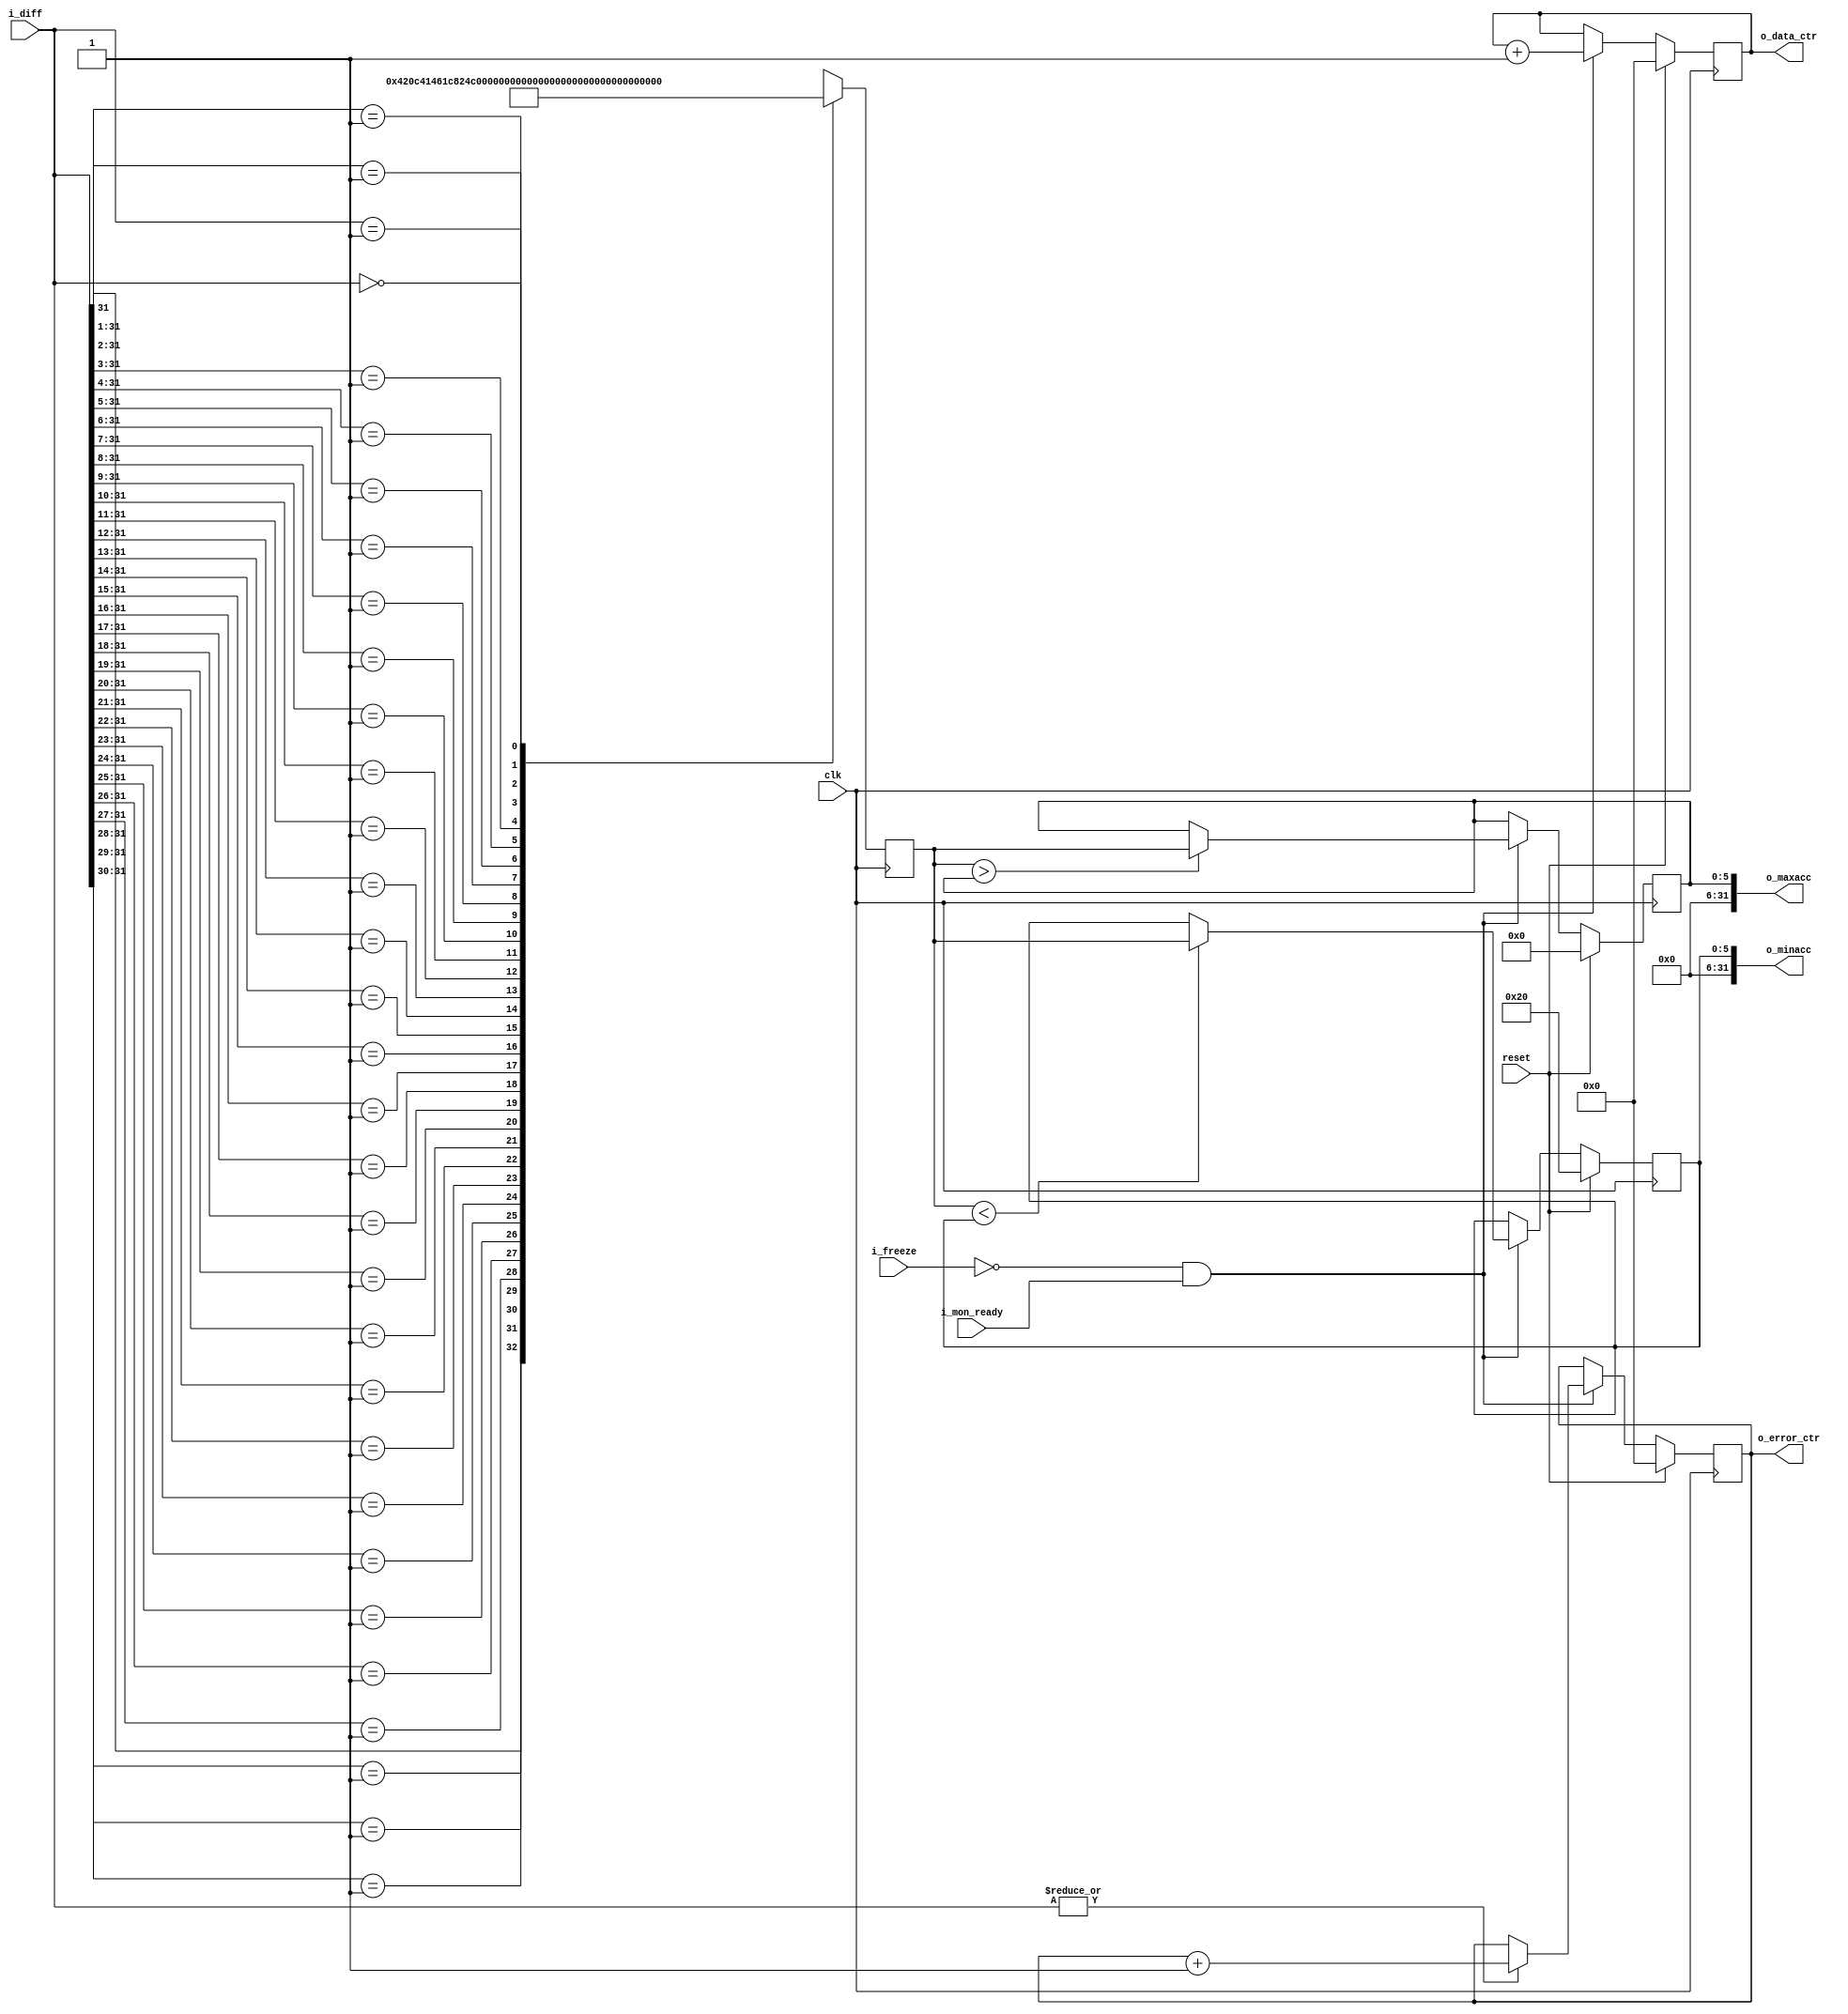
module scoreboard #(
	// unused parameter
	parameter WIDTH = 32
)(
	input clk,
	input reset,

	input  i_freeze,
	input  i_mon_ready,
	input  [WIDTH-1:0] i_diff,
	
	output [31:0] o_data_ctr,
	output [31:0] o_error_ctr,
	output [31:0] o_maxacc,
	output [31:0] o_minacc
	
);

	wire enable;
	// scoreboard enabled if HPS not asking it to freeze,
	// and if monitor is ready and producing meaningful data.
	assign enable = !i_freeze && i_mon_ready;

	// ---------------------------------------
	// counters
	reg [31:0] data_ctr;
	reg [31:0] error_ctr;

	always @(posedge clk)
		if (reset) begin
			error_ctr <= {32{1'b0}};
			data_ctr  <= {32{1'b0}};
		end
		else if (enable) begin
			data_ctr <= data_ctr + 1'b1;
			// report an error if i_diff is not all 0
			if (|i_diff)
				error_ctr <= error_ctr + 1'b1;
		end
	
	assign o_data_ctr = data_ctr;
	assign o_error_ctr = error_ctr;
		
	// ---------------------------------------
	// accuracy measurements
	reg [5:0] acc;

	wire [31:0] padded_diff;
	assign padded_diff = {i_diff, {32-WIDTH{1'b0}}};
	
	always @(posedge clk)
		casex(padded_diff)
			32'b1xxxxxxxxxxxxxxxxxxxxxxxxxxxxxxx: acc <= 6'h00;
			32'b01xxxxxxxxxxxxxxxxxxxxxxxxxxxxxx: acc <= 6'h01;
			32'b001xxxxxxxxxxxxxxxxxxxxxxxxxxxxx: acc <= 6'h02;
			32'b0001xxxxxxxxxxxxxxxxxxxxxxxxxxxx: acc <= 6'h03;
			32'b00001xxxxxxxxxxxxxxxxxxxxxxxxxxx: acc <= 6'h04;
			32'b000001xxxxxxxxxxxxxxxxxxxxxxxxxx: acc <= 6'h05;
			32'b0000001xxxxxxxxxxxxxxxxxxxxxxxxx: acc <= 6'h06;
			32'b00000001xxxxxxxxxxxxxxxxxxxxxxxx: acc <= 6'h07;
			32'b000000001xxxxxxxxxxxxxxxxxxxxxxx: acc <= 6'h08;
			32'b0000000001xxxxxxxxxxxxxxxxxxxxxx: acc <= 6'h09;
			32'b00000000001xxxxxxxxxxxxxxxxxxxxx: acc <= 6'h0a;
			32'b000000000001xxxxxxxxxxxxxxxxxxxx: acc <= 6'h0b;
			32'b0000000000001xxxxxxxxxxxxxxxxxxx: acc <= 6'h0c;
			32'b00000000000001xxxxxxxxxxxxxxxxxx: acc <= 6'h0d;
			32'b000000000000001xxxxxxxxxxxxxxxxx: acc <= 6'h0e;
			32'b0000000000000001xxxxxxxxxxxxxxxx: acc <= 6'h0f;
			32'b00000000000000001xxxxxxxxxxxxxxx: acc <= 6'h10;
			32'b000000000000000001xxxxxxxxxxxxxx: acc <= 6'h11;
			32'b0000000000000000001xxxxxxxxxxxxx: acc <= 6'h12;
			32'b00000000000000000001xxxxxxxxxxxx: acc <= 6'h13;
			32'b000000000000000000001xxxxxxxxxxx: acc <= 6'h14;
			32'b0000000000000000000001xxxxxxxxxx: acc <= 6'h15;
			32'b00000000000000000000001xxxxxxxxx: acc <= 6'h16;
			32'b000000000000000000000001xxxxxxxx: acc <= 6'h17;
			32'b0000000000000000000000001xxxxxxx: acc <= 6'h18;
			32'b00000000000000000000000001xxxxxx: acc <= 6'h19;
			32'b000000000000000000000000001xxxxx: acc <= 6'h1a;
			32'b0000000000000000000000000001xxxx: acc <= 6'h1b;
			32'b00000000000000000000000000001xxx: acc <= 6'h1c;
			32'b000000000000000000000000000001xx: acc <= 6'h1d;
			32'b0000000000000000000000000000001x: acc <= 6'h1e;
			32'b00000000000000000000000000000001: acc <= 6'h1f;
			32'b00000000000000000000000000000000: acc <= 6'h20;
			default:                              acc <= 6'h00;
		endcase

	
	// ---------------------------------------
	// accuracy statistics
	reg [5:0] maxacc;
	reg [5:0] minacc;
	always @(posedge clk)
		if (reset) begin
			maxacc <= 6'h00;
			minacc <= 6'h20;
		end
		else if (enable) begin
			if (acc > maxacc)
				maxacc <= acc;
			if (acc < minacc)
				minacc <= acc;
		end
		
	assign o_maxacc = {{32-WIDTH{1'b0}}, maxacc};
	assign o_minacc = {{32-WIDTH{1'b0}}, minacc};
endmodule